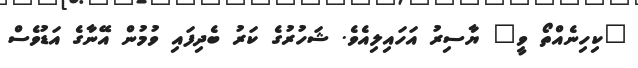
"ކިހިނެއްތޯ ވީ" ޔާސިރު އަހައިލިއެވެ. ޝަހުރުގެ ކަރު ބެދިފައި ވުމުން އޭނާގެ އަޑުވެސް